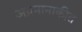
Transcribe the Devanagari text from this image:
अग्रमानाकीत